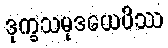
ဒုက္ခသမုဒယေပိဿ